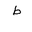
Letter: _da